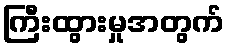
ကြီးထွားမှုအတွက်